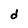
Character: d